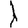
Digit: 1